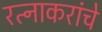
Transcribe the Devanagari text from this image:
रत्नाकरांचे